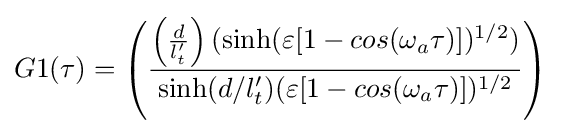
G1(\tau )=\left({\frac {\left({\frac {d}{l_{t}'}}\right)(\sinh({\varepsilon [1-cos(\omega _{a}\tau )]})^{1/2})}{\sinh(d/l_{t}')({\varepsilon [1-cos(\omega _{a}\tau )]})^{1/2}}}\right)